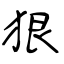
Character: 狠